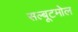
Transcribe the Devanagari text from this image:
सल्बूटमोल